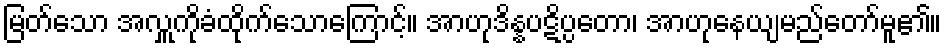
မြတ်သော အလှူကိုခံထိုက်သောကြောင့်။ အာဟုဒိန္နပဋိပ္ပတော၊ အာဟုနေယျမည်တော်မူ၏။